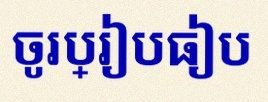
ចូរប្រៀបធៀប